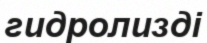
гидролизді